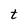
Character: t